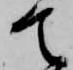
て